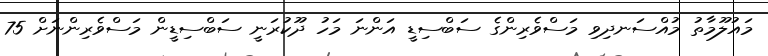
މައުލޫމާތު މުއްސަނދިވި މަސްވެރިންގެ ސަބްސިޑީ އަންނަ މަހު ދޫކުރަނީ ސަބްސިޑީން މަސްވެރިންނަށް 75